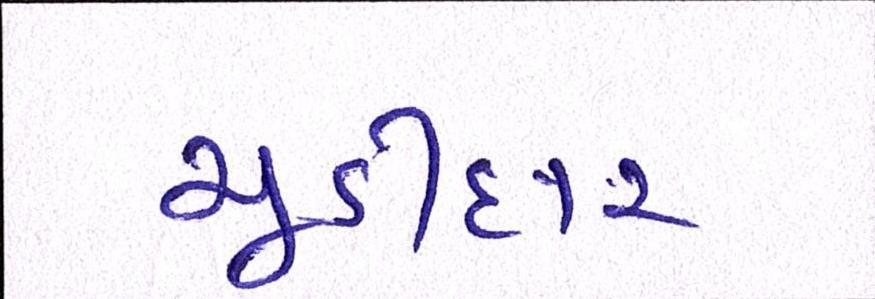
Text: ચૂડીદાર